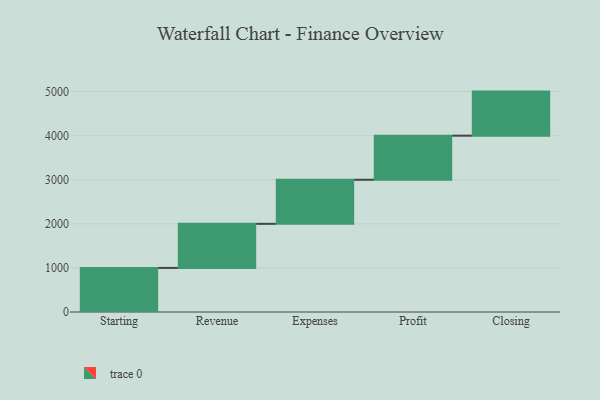
{"axis": {"x": "Step", "y": "Value"}, "legend": [""], "data": [{"x": "Starting", "y": 1000, "type": ""}, {"x": "Revenue", "y": 1000, "type": ""}, {"x": "Expenses", "y": 1000, "type": ""}, {"x": "Profit", "y": 1000, "type": ""}, {"x": "Closing", "y": 1000, "type": ""}]}